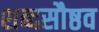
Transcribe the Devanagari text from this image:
शब्दसौष्ठव